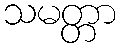
သမတ္တာ